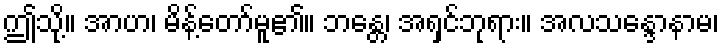
ဤသို့။ အာဟ၊ မိန့်တော်မူ၏။ ဘန္တေ၊ အရှင်ဘုရား။ အလသန္ဒောနာမ၊